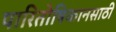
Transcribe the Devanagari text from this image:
पारितोषिकानसाठी